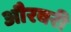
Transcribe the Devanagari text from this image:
औरवरी